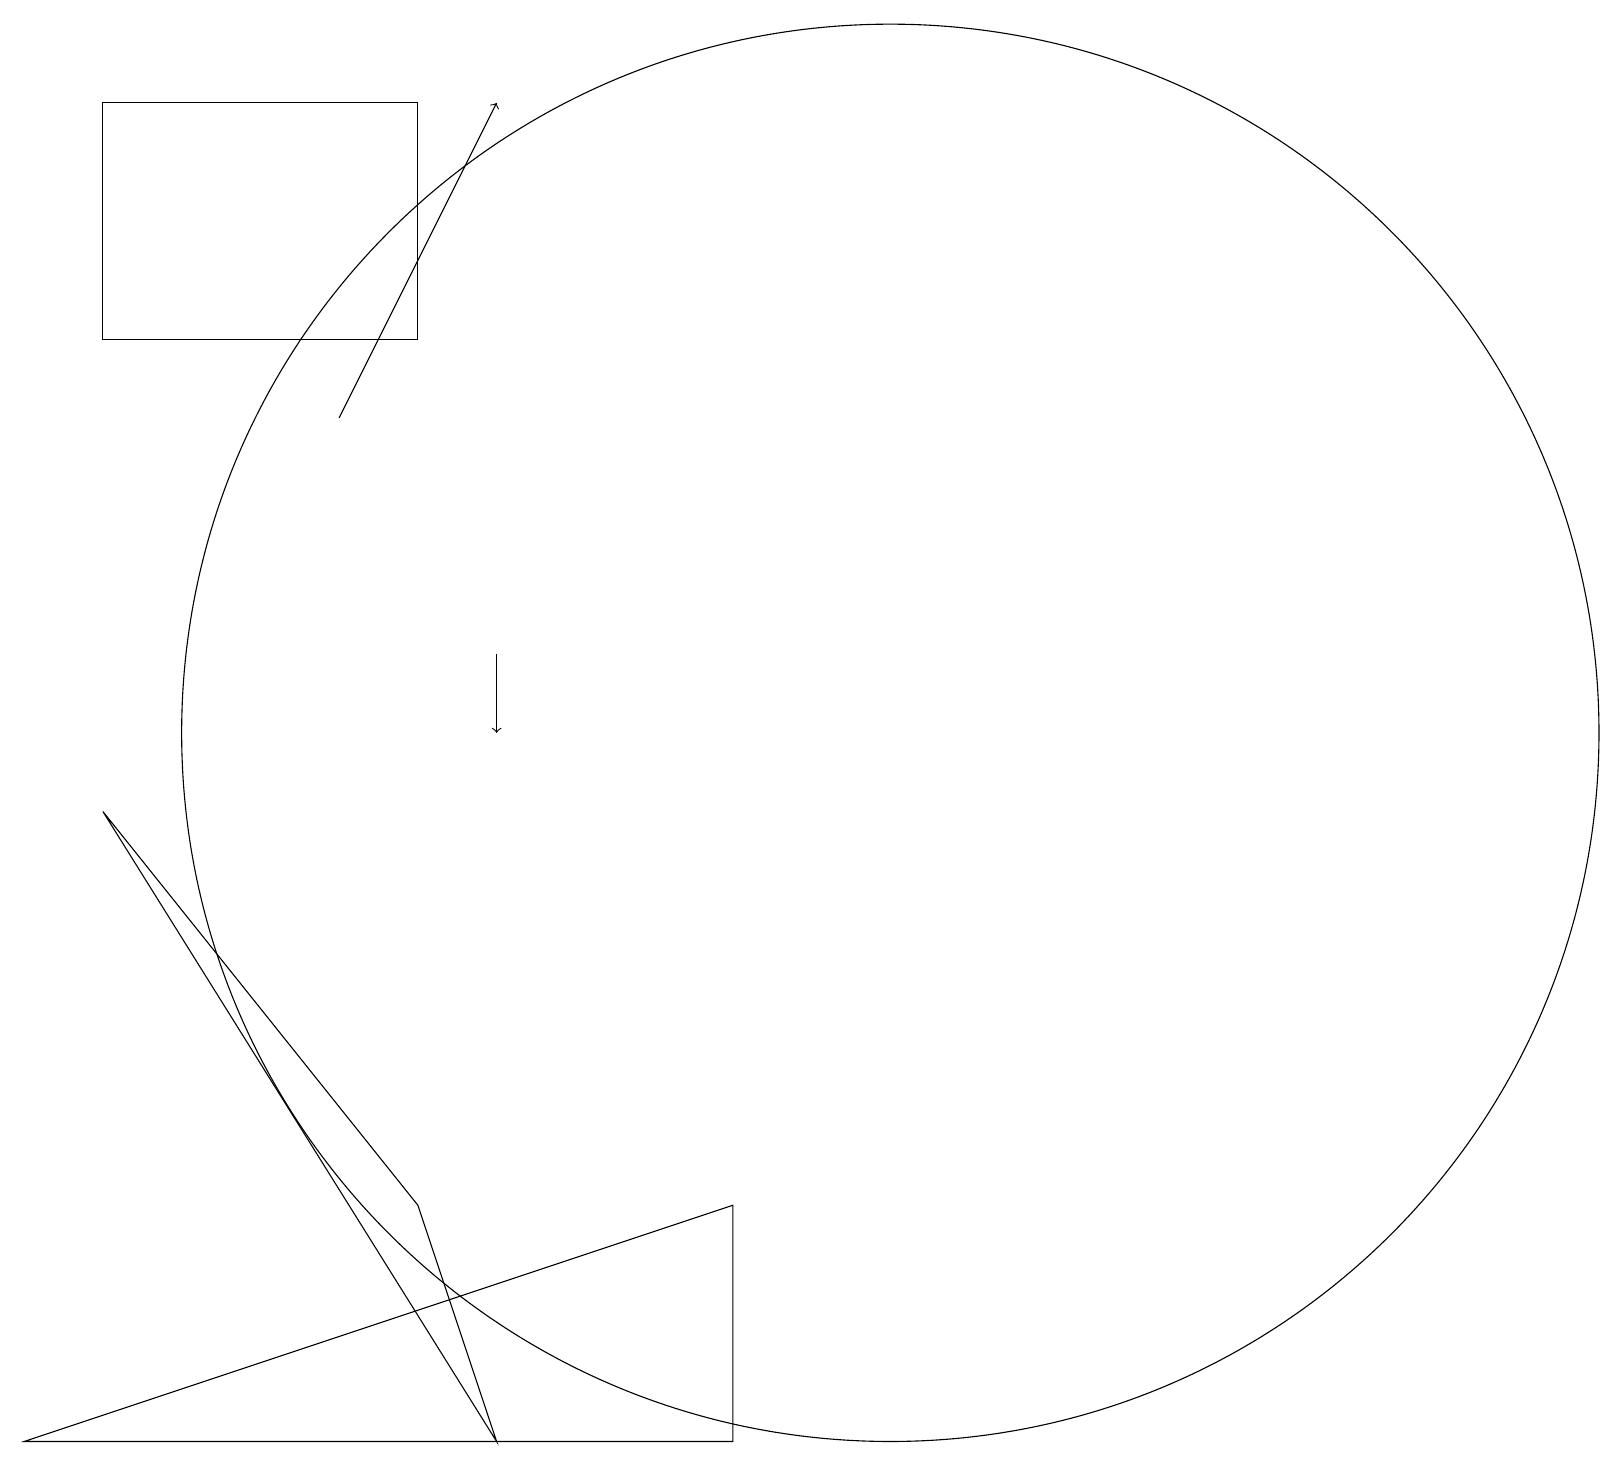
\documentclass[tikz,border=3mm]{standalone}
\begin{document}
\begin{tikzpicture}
\draw[->] (6,11) -- (6,10);
\draw[->] (4,14) -- (6,18);
\draw (5,4) -- (6,1) -- (1,9) -- cycle;
\draw (5,15) rectangle (1,18);
\draw (11,10) circle (9);
\draw (0,1) -- (9,4) -- (9,1) -- cycle;
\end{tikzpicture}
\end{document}